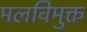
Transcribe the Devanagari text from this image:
मलविमुक्त